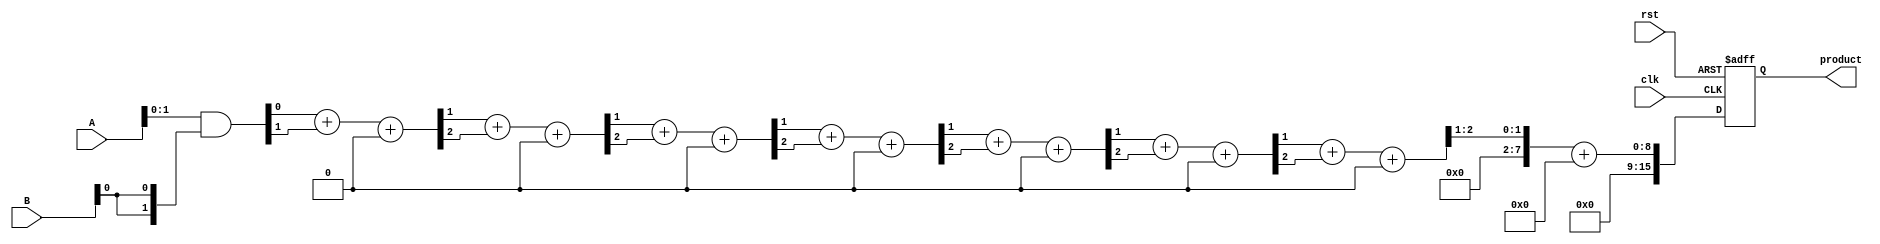
module synchronous_wallace_tree_multiplier #(
    parameter WIDTH = 8 // Width of the inputs A and B
)(
    input clk,
    input rst,
    input [WIDTH-1:0] A,
    input [WIDTH-1:0] B,
    output reg [2*WIDTH-1:0] product
);

    // Partial product array
    wire [WIDTH-1:0] partial_products[WIDTH-1:0];

    // Generate partial products
    genvar i;
    generate
        for (i = 0; i < WIDTH; i = i + 1) begin : pp_gen
            assign partial_products[i] = A & {WIDTH{B[i]}};
        end
    endgenerate

    // Intermediate wires for Wallace tree reduction
    wire [WIDTH-1:0] sum[WIDTH:0];
    wire [WIDTH:0] carry[WIDTH:0];

    // Initial stage: connect partial products to the first stage of the Wallace tree
    assign sum[0] = partial_products[0];
    assign carry[0] = 0;

    // Wallace tree reduction stages
    genvar j;
    generate
        for (j = 0; j < WIDTH-1; j = j + 1) begin : reduction_stage
            wire [WIDTH:0] temp_sum;
            wire [WIDTH:0] temp_carry;

            // Full adders and half adders for reduction
            assign temp_sum = sum[j][0] + sum[j][1] + carry[j][0];
            assign temp_carry = (sum[j][0] & sum[j][1]) | (carry[j][0] & (sum[j][0] ^ sum[j][1]));

            assign sum[j+1] = {temp_carry[WIDTH-1], temp_sum[WIDTH-1:1]};
            assign carry[j+1] = {temp_carry[WIDTH-1:1], carry[j][1]};
        end
    endgenerate

    // Final addition stage
    wire [2*WIDTH-1:0] final_sum;
    wire [2*WIDTH-1:0] final_carry;

    assign final_sum = {1'b0, sum[WIDTH-1]} + {1'b0, carry[WIDTH-1]};

    // Output stage
    always @(posedge clk or posedge rst) begin
        if (rst) begin
            product <= 0;
        end else begin
            product <= final_sum;
        end
    end

endmodule